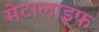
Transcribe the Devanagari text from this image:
मेटालाइफ